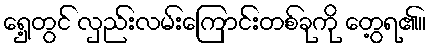
ရှေ့တွင် လှည်းလမ်းကြောင်းတစ်ခုကို တွေ့ရ၏။